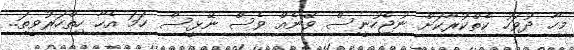
މިހާ ދުވަހު ކެތްކުރާކަށް ނުޖެހުނީސް ވޭނެއް ވެސް ނޭޅީސް ހަމަ އެހާ ހިތްހަރުވީތަ..